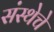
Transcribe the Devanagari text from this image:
संस्‍थेचे